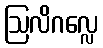
ဩလိဂလ္လေ